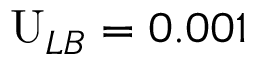
\mathrm { U } _ { L B } = 0 . 0 0 1